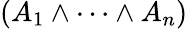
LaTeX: (A_{1}\land\cdots\land A_{n})